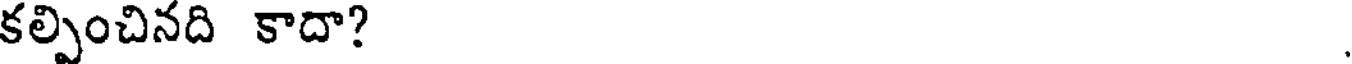
కల్పించినది కాదా?